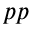
p p